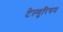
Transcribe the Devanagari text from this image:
टेल्युरियम